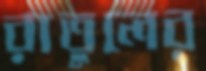
রাতুলের